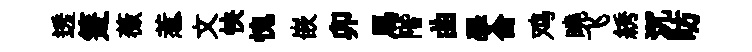
透箑薇惹文怏愧嵌卯馬階曲學侖鸡曉飞綉沉昉